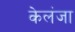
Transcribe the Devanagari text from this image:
केलंजा